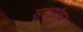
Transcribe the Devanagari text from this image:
सुवर्णहार